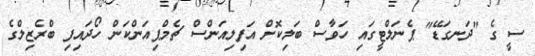
ސީ ގެ "ދަނގަޑޭ" ޕެނަލްޓީގައި ހަވާސް ބަލިކޮށް އަފިލިއަންސް ޗެމްޕިއަންކަން ހޯދައިފި ބްރެޒިލްގެ